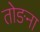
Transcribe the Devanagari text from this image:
तोङना